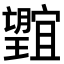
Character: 𭩕